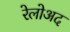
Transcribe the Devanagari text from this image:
रेलोअद